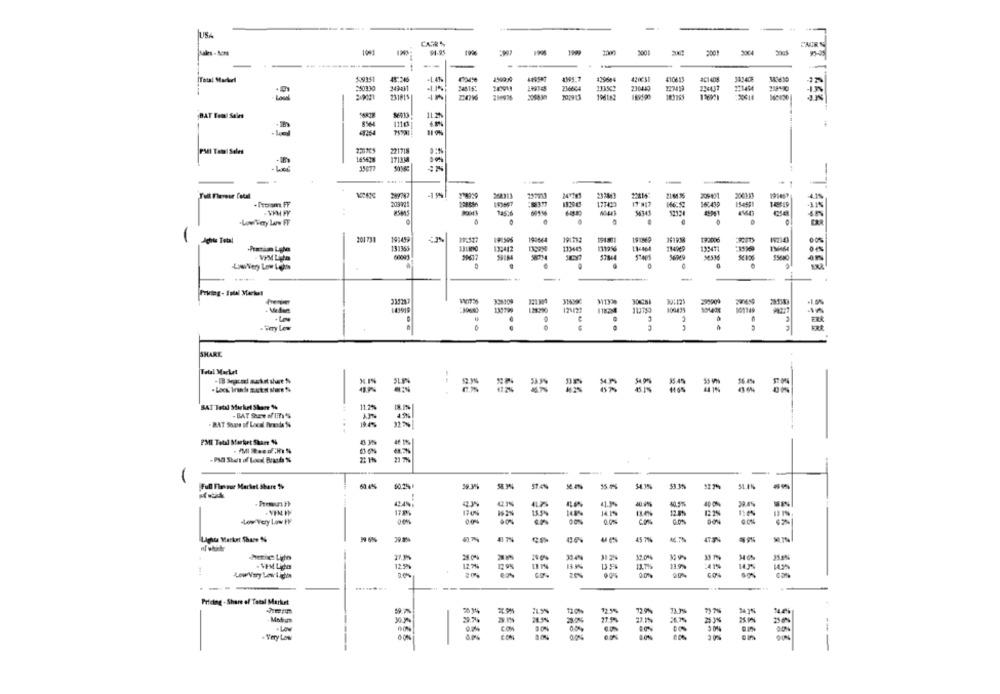
-
USA
94-95
3001
500
--
-
4395.7
139604
[Total Martiri
45.246
-1.41
201408
$50330
243431
24515:
216604
113503
230440
231815|
202913
196183
BAT Famil Saint
IL.2%
111€
PMI Total Sales
221718
165678
-
299747
¥14929
216.35
209471
2001 13
160439
85845
Aghits Total
201731
141419
19:596
199064
19:192
192006
13:442
11:464
-
--
121 304
316392
128290
121/29
112753
100435
-
.
- Fery low
..
SHARE
Total Market
-. .
=== =
SAT Total Market Share %%
11.2%
BAT Sous of Local Birmode's
PME Total Market Share 44
- PAS Start of Local Brands Ss
-
Full Flavour Market Share $%
634%
10.2%
59.3%
54.35
31.1%
42.4%
17 m
170
15.5%
14.IS
-Low Very Low FV
DON
Lights Market Share %
45 7%
46.7%
chemic Ligo
. VEM Lico
12.5%
12%%
12.9%
13.9%
:41%
........
Pricing - Share of Total Market
12%5
79 7%
21.5%
27.1%
26,7%
COM
00%
. Very Low
-